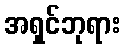
အရှင်ဘုရား